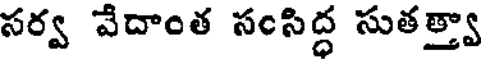
సర్వ వేదాంత సంసిద్ధ సుతత్త్వా